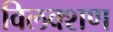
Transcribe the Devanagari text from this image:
विलक्शण